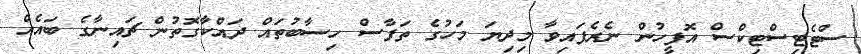
ސްޓެޓިސްޓިކްސް އޮފީހުން ނެރެފައިވާ މިދިޔަ މަހުގެ ތަފާސް ހިސާބުތައް ދައްކާގޮތުން ޗައިނާގެ ބައެއް